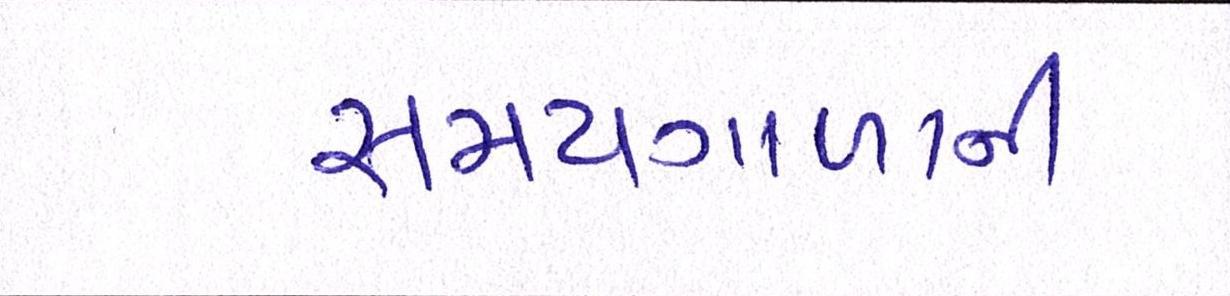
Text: સમયગાળાની